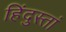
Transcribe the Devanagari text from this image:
हिंदुस्तां